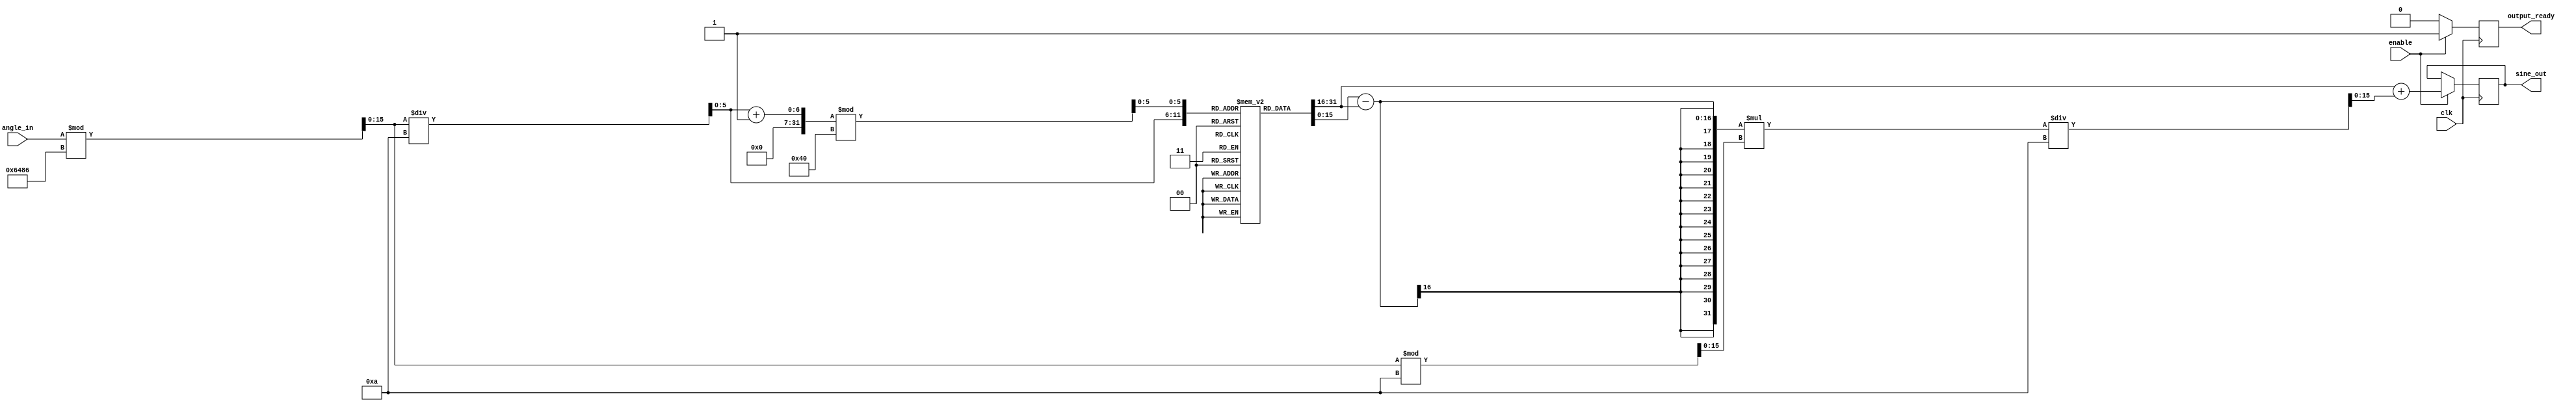
module sine_block (
    input wire clk,               // Clock input
    input wire enable,            // Enable signal
    input wire [15:0] angle_in,   // Input angle in fixed-point (16 bits)
    output reg [15:0] sine_out,    // Output sine value in fixed-point (16 bits)
    output reg output_ready        // Output ready signal
);

// Parameters
parameter LUT_SIZE = 64;        // Size of the lookup table
parameter LUT_WIDTH = 16;       // Width of the LUT entries (fixed-point)
parameter ANGLE_RESOLUTION = 10; // Resolution of angle steps in degrees (0.1 radians)
parameter PI = 16'h3243;        // Fixed-point representation of pi (3.14159...)

// Lookup Table for sine values (precomputed)
reg [LUT_WIDTH-1:0] sine_lut [0:LUT_SIZE-1];

// Initialize LUT with precomputed sine values (scaled to fixed-point)
initial begin
    // Example values, fill with actual precomputed sine values for your LUT
    sine_lut[0] = 16'h0000;     // sin(0)
    sine_lut[1] = 16'h1999;     // sin(0.1)
    // ... Fill in with more values...
    sine_lut[63] = 16'h0000;    // sin(2*pi)
end

// Normalization and Index Calculation
wire [15:0] normalized_angle;
wire [5:0] index;
wire [5:0] index_next;
wire [15:0] angle_frac;

// Normalize angle to [0, 2*pi]
assign normalized_angle = angle_in % (2 * PI); // Wrap angle within [0, 2*pi]
assign index = normalized_angle / ANGLE_RESOLUTION; // Determine LUT index
assign angle_frac = normalized_angle % ANGLE_RESOLUTION; // Fractional part for interpolation
assign index_next = (index + 1) % LUT_SIZE; // Next index for interpolation

// Output Logic
always @(posedge clk) begin
    if (enable) begin
        // Linear interpolation between LUT values
        sine_out <= sine_lut[index] + ((sine_lut[index_next] - sine_lut[index]) * angle_frac) / ANGLE_RESOLUTION;
        output_ready <= 1'b1; // Indicate output is ready
    end else begin
        output_ready <= 1'b0; // Clear output ready if not enabled
    end
end

endmodule